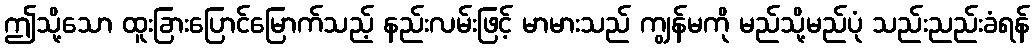
ဤသို့သော ထူးခြားပြောင်မြောက်သည့် နည်းလမ်းဖြင့် မာမားသည် ကျွန်မကို မည်သို့မည်ပုံ သည်းညည်းခံရန်